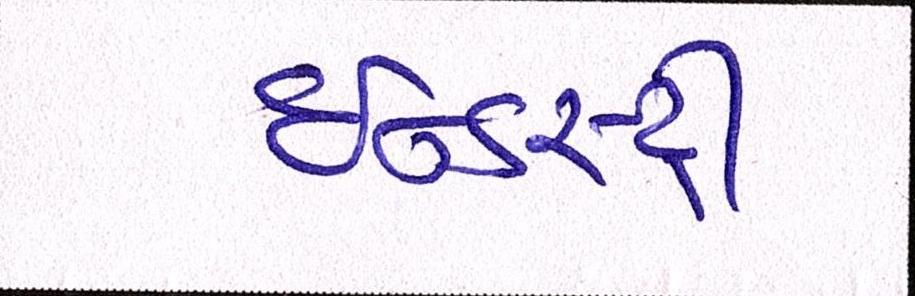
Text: ઈન્ડસ્ટ્રી